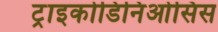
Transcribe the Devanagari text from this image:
ट्राइकोडिनिओसिस